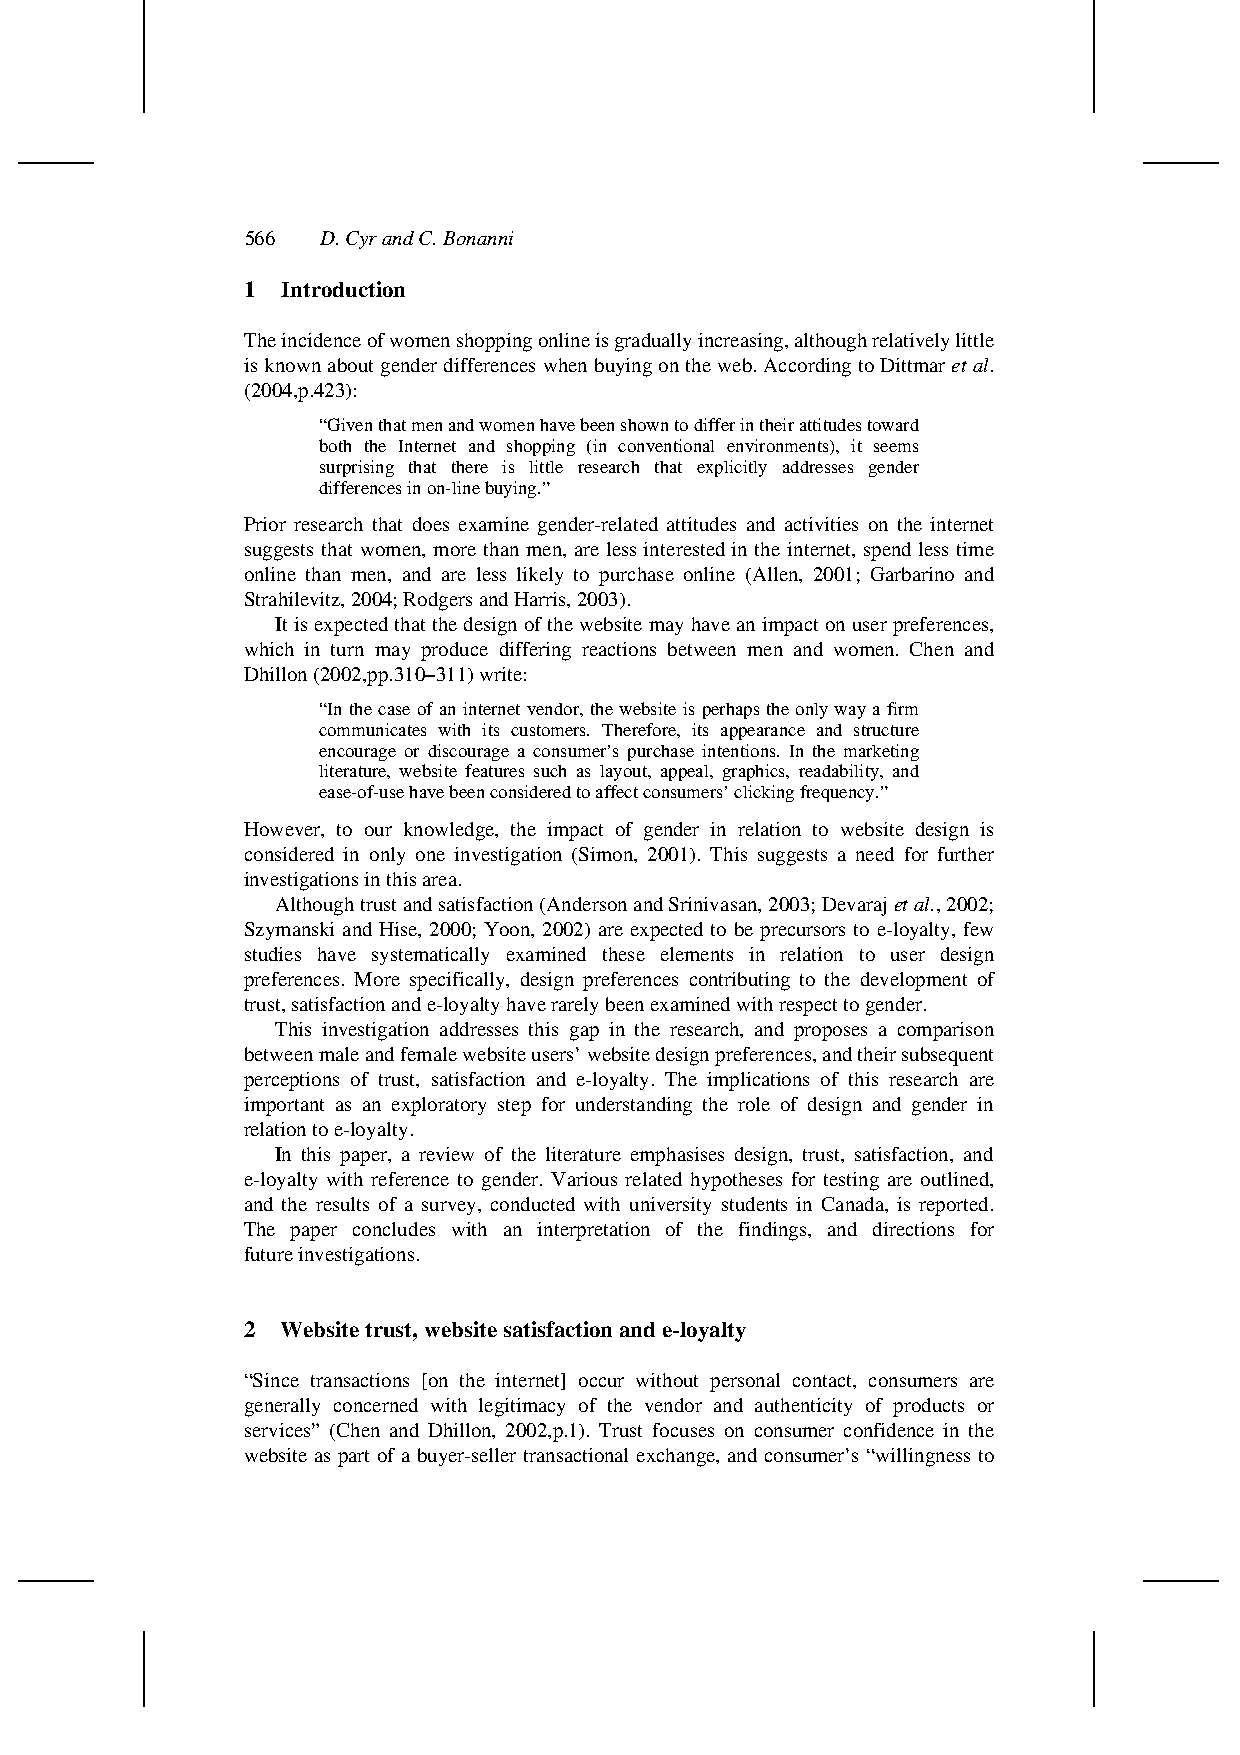
566  D. Cyr and C. Bonanni
 1  Introduction
 The incidence of women shopping online is gradually increasing, although relatively little
 is known about gender differences when buying on the web. According to Dittmar et al.
 (2004,p.423):
 “Given that men and women have been shown to differ in their attitudes toward
 both the Internet and shopping (in conventional environments), it seems
 surprising that there is little research that explicitly addresses gender
 differences in on-line buying.”
 Prior research that does examine gender-related attitudes and activities on the internet
 suggests that women, more than men, are less interested in the internet, spend less time
 online than men, and are less likely to purchase online (Allen, 2001; Garbarino and
 Strahilevitz, 2004; Rodgers and Harris, 2003).
 It is expected that the design of the website may have an impact on user preferences,
 which in turn may produce differing reactions between men and women. Chen and
 Dhillon (2002,pp.310–311) write:
 “In the case of an internet vendor, the website is perhaps the only way a firm
 communicates with its customers. Therefore, its appearance and structure
 encourage or discourage a consumer’s purchase intentions. In the marketing
 literature, website features such as layout, appeal, graphics, readability, and
 ease-of-use have been considered to affect consumers’ clicking frequency.”
 However, to our knowledge, the impact of gender in relation to website design is
 considered in only one investigation (Simon, 2001). This suggests a need for further
 investigations in this area.
 Although trust and satisfaction (Anderson and Srinivasan, 2003; Devaraj et al., 2002;
 Szymanski and Hise, 2000; Yoon, 2002) are expected to be precursors to e-loyalty, few
 studies have systematically examined these elements in relation to user design
 preferences. More specifically, design preferences contributing to the development of
 trust, satisfaction and e-loyalty have rarely been examined with respect to gender.
 This investigation addresses this gap in the research, and proposes a comparison
 between male and female website users’ website design preferences, and their subsequent
 perceptions of trust, satisfaction and e-loyalty. The implications of this research are
 important as an exploratory step for understanding the role of design and gender in
 relation to e-loyalty.
 In this paper, a review of the literature emphasises design, trust, satisfaction, and
 e-loyalty with reference to gender. Various related hypotheses for testing are outlined,
 and the results of a survey, conducted with university students in Canada, is reported.
 The paper concludes with an interpretation of the findings, and directions for
 future investigations.
 2  Website trust, website satisfaction and e-loyalty
 “Since transactions [on the internet] occur without personal contact, consumers are
 generally concerned with legitimacy of the vendor and authenticity of products or
 services” (Chen and Dhillon, 2002,p.1). Trust focuses on consumer confidence in the
 website as part of a buyer-seller transactional exchange, and consumer’s “willingness to